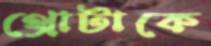
থ্রোটাকে